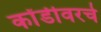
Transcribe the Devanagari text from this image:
कोंडीवरचे